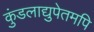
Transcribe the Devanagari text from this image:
कुंडलाद्युपेतमपि